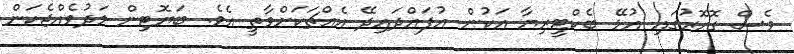
ވެސް ގޮހޮރުގައި އުޅޭ ބެކްޓީރިޔާ އަކުން އުފައްދައިދޭ އެއްޗަކަށްވާތީ އެވެ. ބަޔޮޓިން މަދުވެއްޖެކަން